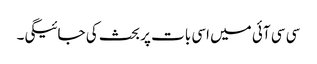
سی سی آئی میں اسی بات پر بحث کی جائیگی۔